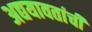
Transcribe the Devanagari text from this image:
अद्ययावतांची